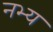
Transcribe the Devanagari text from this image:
नभ्य